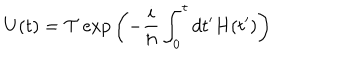
LaTeX: U ( t ) = { \cal T } \exp { \left( - \frac { i } { \hbar } \int _ { 0 } ^ { t } d t ^ { \prime } H ( t ^ { \prime } ) \right) }